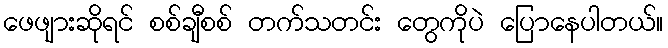
ဖေဖျားဆိုရင် စစ်ချီစစ် တက်သတင်း တွေကိုပဲ ပြောနေပါတယ်။